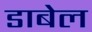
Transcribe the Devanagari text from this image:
डाबेल